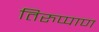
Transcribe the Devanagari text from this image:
तिरुप्पाण